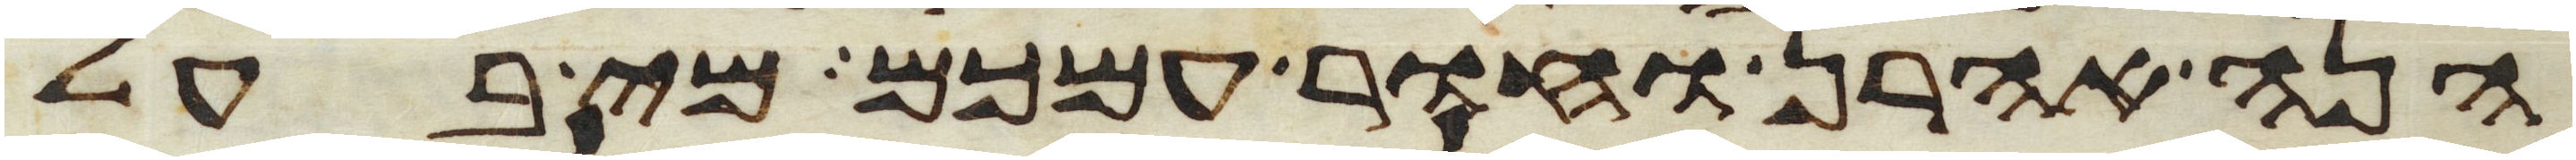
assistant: הנה אהרן וחור עמכם מי בעל